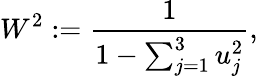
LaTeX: W^{2}:=\frac{1}{1-\sum_{j=1}^{3}u_{j}^{2}},